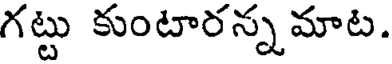
గట్టు కుంటారన్నమాట.